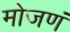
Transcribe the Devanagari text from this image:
मोजणं